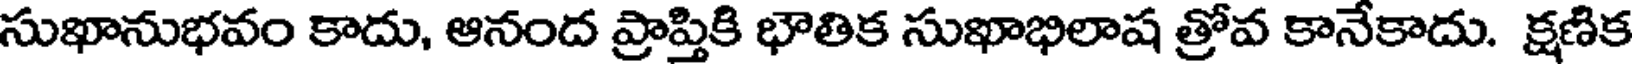
సుఖానుభవం కాదు, ఆనంద ప్రాప్తికి భౌతిక సుఖాభిలాష త్రోవ కానేకాదు. క్షణిక